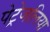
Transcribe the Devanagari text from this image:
पेट्रेजलिया